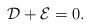
\begin{align*}\mathcal{D}+\mathcal{E}=0.\end{align*}